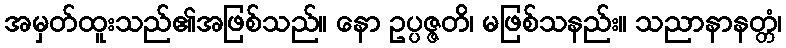
အမှတ်ထူးသည်၏အဖြစ်သည်။ နော ဥပ္ပဇ္ဇတိ၊ မဖြစ်သနည်း။ သညာနာနတ္တံ၊